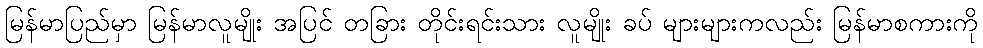
မြန်မာပြည်မှာ မြန်မာလူမျိုး အပြင် တခြား တိုင်းရင်းသား လူမျိုး ခပ် များများကလည်း မြန်မာစကားကို